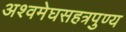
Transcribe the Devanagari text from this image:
अश्वमेघसहत्रपुण्य